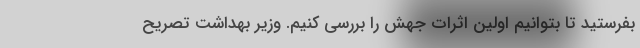
بفرستید تا بتوانیم اولین اثرات جهش را بررسی کنیم. وزیر بهداشت تصریح